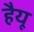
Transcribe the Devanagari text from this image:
हैयू